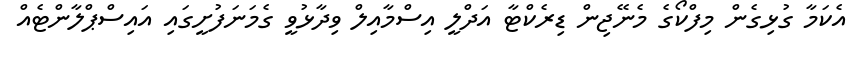
އެކަމާ ގުޅިގެން މިފްކޯގެ މެނޭޖިން ޑިރެކްޓާ އަދްލީ އިސްމާއިލް ވިދާޅުވީ ގެމަނަފުށީގައި އައިސްޕްލާންޓެއް